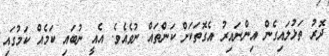
ދޮރު ތަޅުލައިގެން އިންނައިރު އެގޮތަކަށް ކަންތައް ނުވެއެވެ. އެއީ ނުބައި ކަމެއް ކަމުގައި